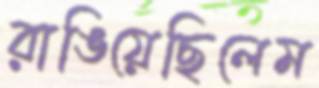
রাঙিয়েছিলেম